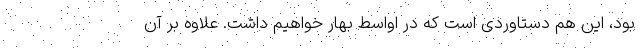
بود، این هم دستاوردی است که در اواسط بهار خواهیم داشت. علاوه بر آن